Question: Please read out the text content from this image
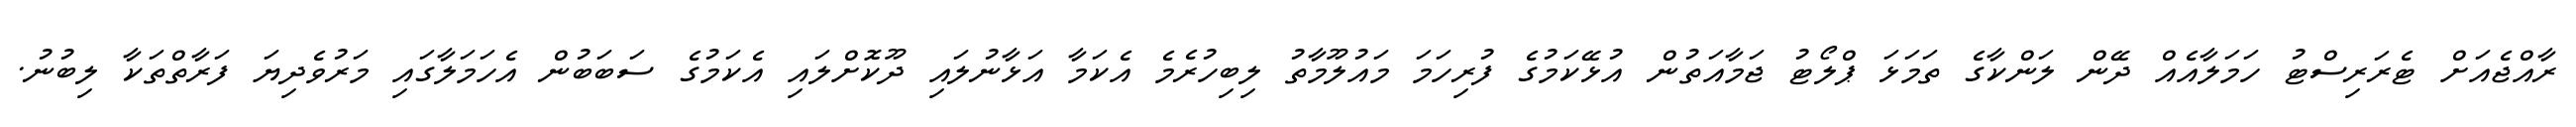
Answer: ރާއްޖެއަށް ޓެރަރިސްޓު ހަމަލާއެއް ދޭން ލަންކާގެ ތަމަޅަ ޕްލޯޓު ޖަމާއަތުން އުޅޭކަމުގެ ފުރިހަމަ މައުލޫމާތު ލިބިހުރެމެ އެކަމާ އަޅާނުލައި ދޫކޮށްލައި އެކަމުގެ ސަބަބުން އެހަމަލާގައި މަރުވެދިޔަ ފަރާތްތަކާ ލިބުނު.